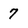
Character: 7